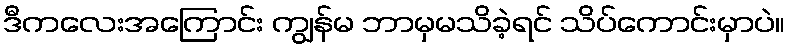
ဒီကလေးအကြောင်း ကျွန်မ ဘာမှမသိခဲ့ရင် သိပ်ကောင်းမှာပဲ။